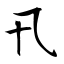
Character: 卂